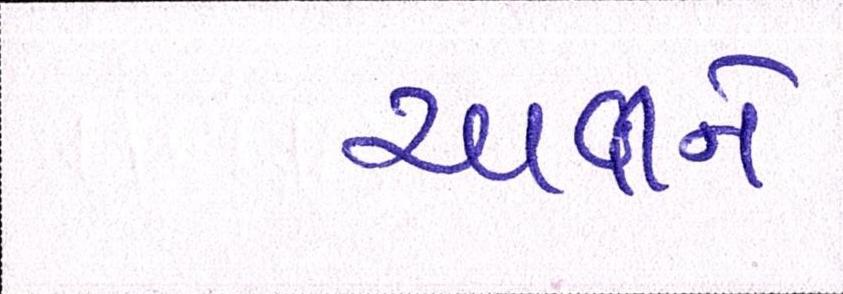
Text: ચાવીને